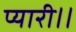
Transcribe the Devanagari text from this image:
प्यारी।।